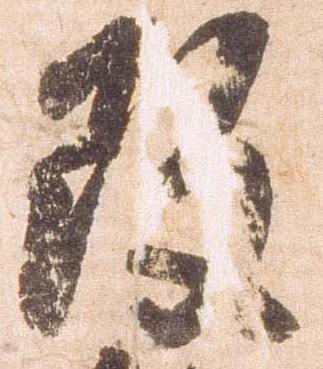
改